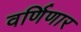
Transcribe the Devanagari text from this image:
वर्णिणार